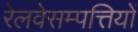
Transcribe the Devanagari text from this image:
रेलवेसम्पत्तियों